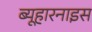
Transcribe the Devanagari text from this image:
ब्यूहारनाइस